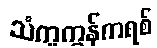
သံကူကွန်ကရစ်